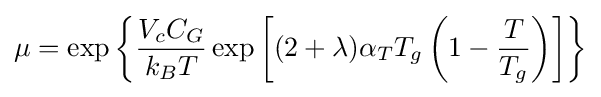
\mu =\exp {\left\{{\frac {V_{c}C_{G}}{k_{B}T}}\exp {\left[(2+\lambda )\alpha _{T}T_{g}\left(1-{\frac {T}{T_{g}}}\right)\right]}\right\}}